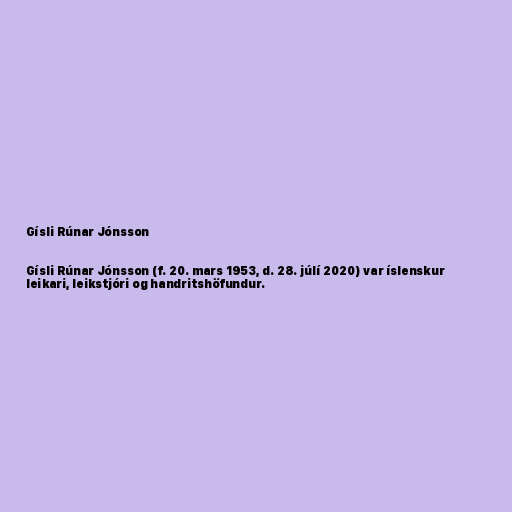
Gísli Rúnar Jónsson

Gísli Rúnar Jónsson (f. 20. mars 1953, d. 28. júlí 2020) var íslenskur
leikari, leikstjóri og handritshöfundur.